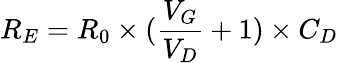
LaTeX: R_{E}=R_{0}\times(\frac{V_{G}}{V_{D}}+1)\times C_{D}